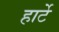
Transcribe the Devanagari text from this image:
हार्टे